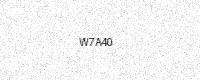
Text: W7A40